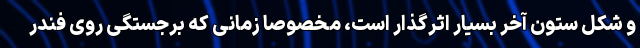
و شکل ستون آخر بسیار اثرگذار است، مخصوصا زمانی که برجستگی روی فندر